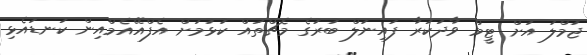
ޖުމްލަ އަށް ޓީމް ވާދަކުރާ ފައިނަލް ބުރުގެ މެޗްތައް ކުޅުމަށް އެފްއޭއެމްއިން ކަނޑައެޅި